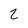
Character: 2